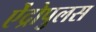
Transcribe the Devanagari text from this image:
ऐंद्रोपुलस